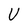
Character: U